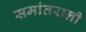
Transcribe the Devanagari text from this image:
समांतराली